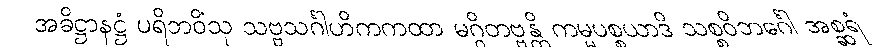
အဓိဋ္ဌာနဋ္ဌံ ပရိဘဝိံသု သဗ္ဗသင်္ဂါဟိကကထာ မဂ္ဂိတဗ္ဗန္တိ ကမ္မပစ္စယာဒိ သစ္စဝိဘင်္ဂေါ အစ္ဆရံ